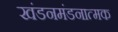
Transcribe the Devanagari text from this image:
खंडनमंडनात्मक